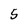
Character: 5